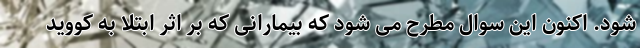
شود. اکنون این سوال مطرح می شود که بیمارانی که بر اثر ابتلا به کووید